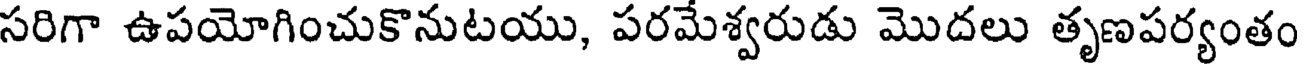
సరిగా ఉపయోగించుకొనుటయు, పరమేశ్వరుడు మొదలు తృణపర్యంతం